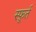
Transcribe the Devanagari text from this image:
स्फ़ूर्त